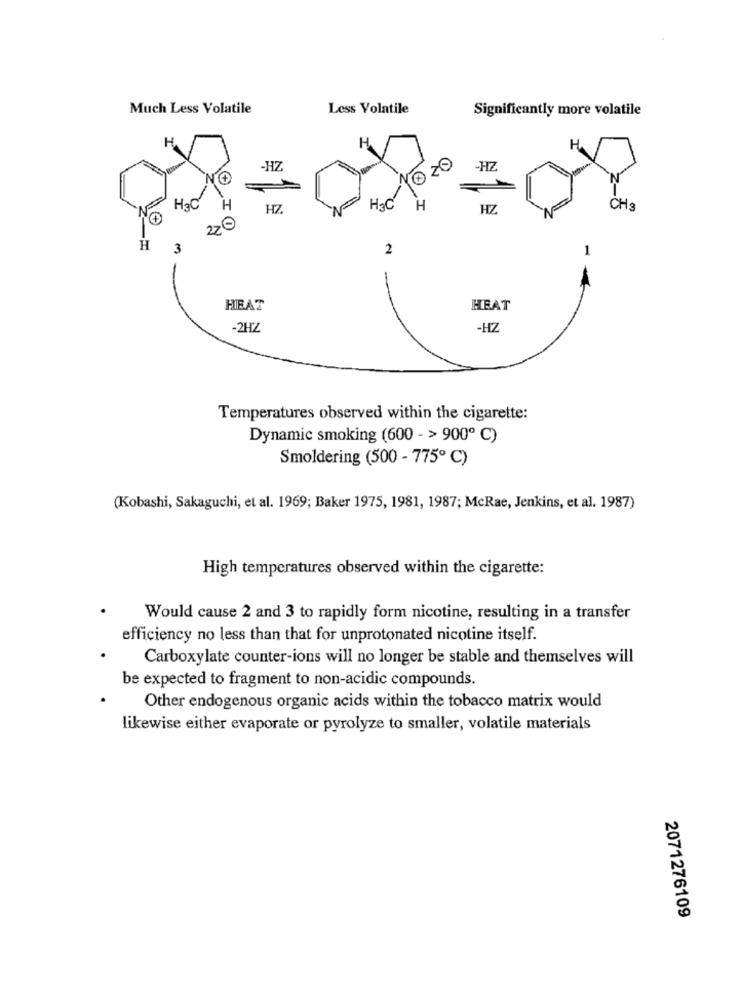
Much Less Volatile
Less Volatile
Significantly more volatile
1020
-HZ
-HZ
Har
Hac
H
HZ
H
HZ
CH.
220
H
3
2
HEAT
HEAT
-2HZ
-HZ
Temperatures observed within the cigarette:
Dynamic smoking (600 - > 900 ℃)
Smoldering (500 - 775 ℃)
(Kobashi, Sakaguchi, et al. 1969; Baker 1975, 1981, 1987; McRae, Jenkins, et al. 1987)
High temperatures observed within the cigarette:
Would cause 2 and 3 to rapidly form nicotine, resulting in a transfer
efficiency no less than that for unprotonated nicotine itself.
Carboxylate counter-ions will no longer be stable and themselves will
be expected to fragment to non-acidic compounds.
Other endogenous organic acids within the tobacco matrix would
likewise either evaporate or pyrolyze to smaller, volatile materials
2071276109